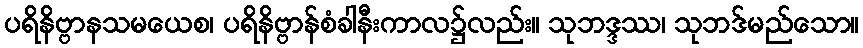
ပရိနိဗ္ဗာနသမယေစ၊ ပရိနိဗ္ဗာန်စံခါနီးကာလ၌လည်း။ သုဘဒ္ဒဿ၊ သုဘဒ်မည်သော။